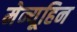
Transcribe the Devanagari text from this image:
मेन्यूहिन